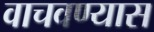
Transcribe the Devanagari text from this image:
वाचवण्यास